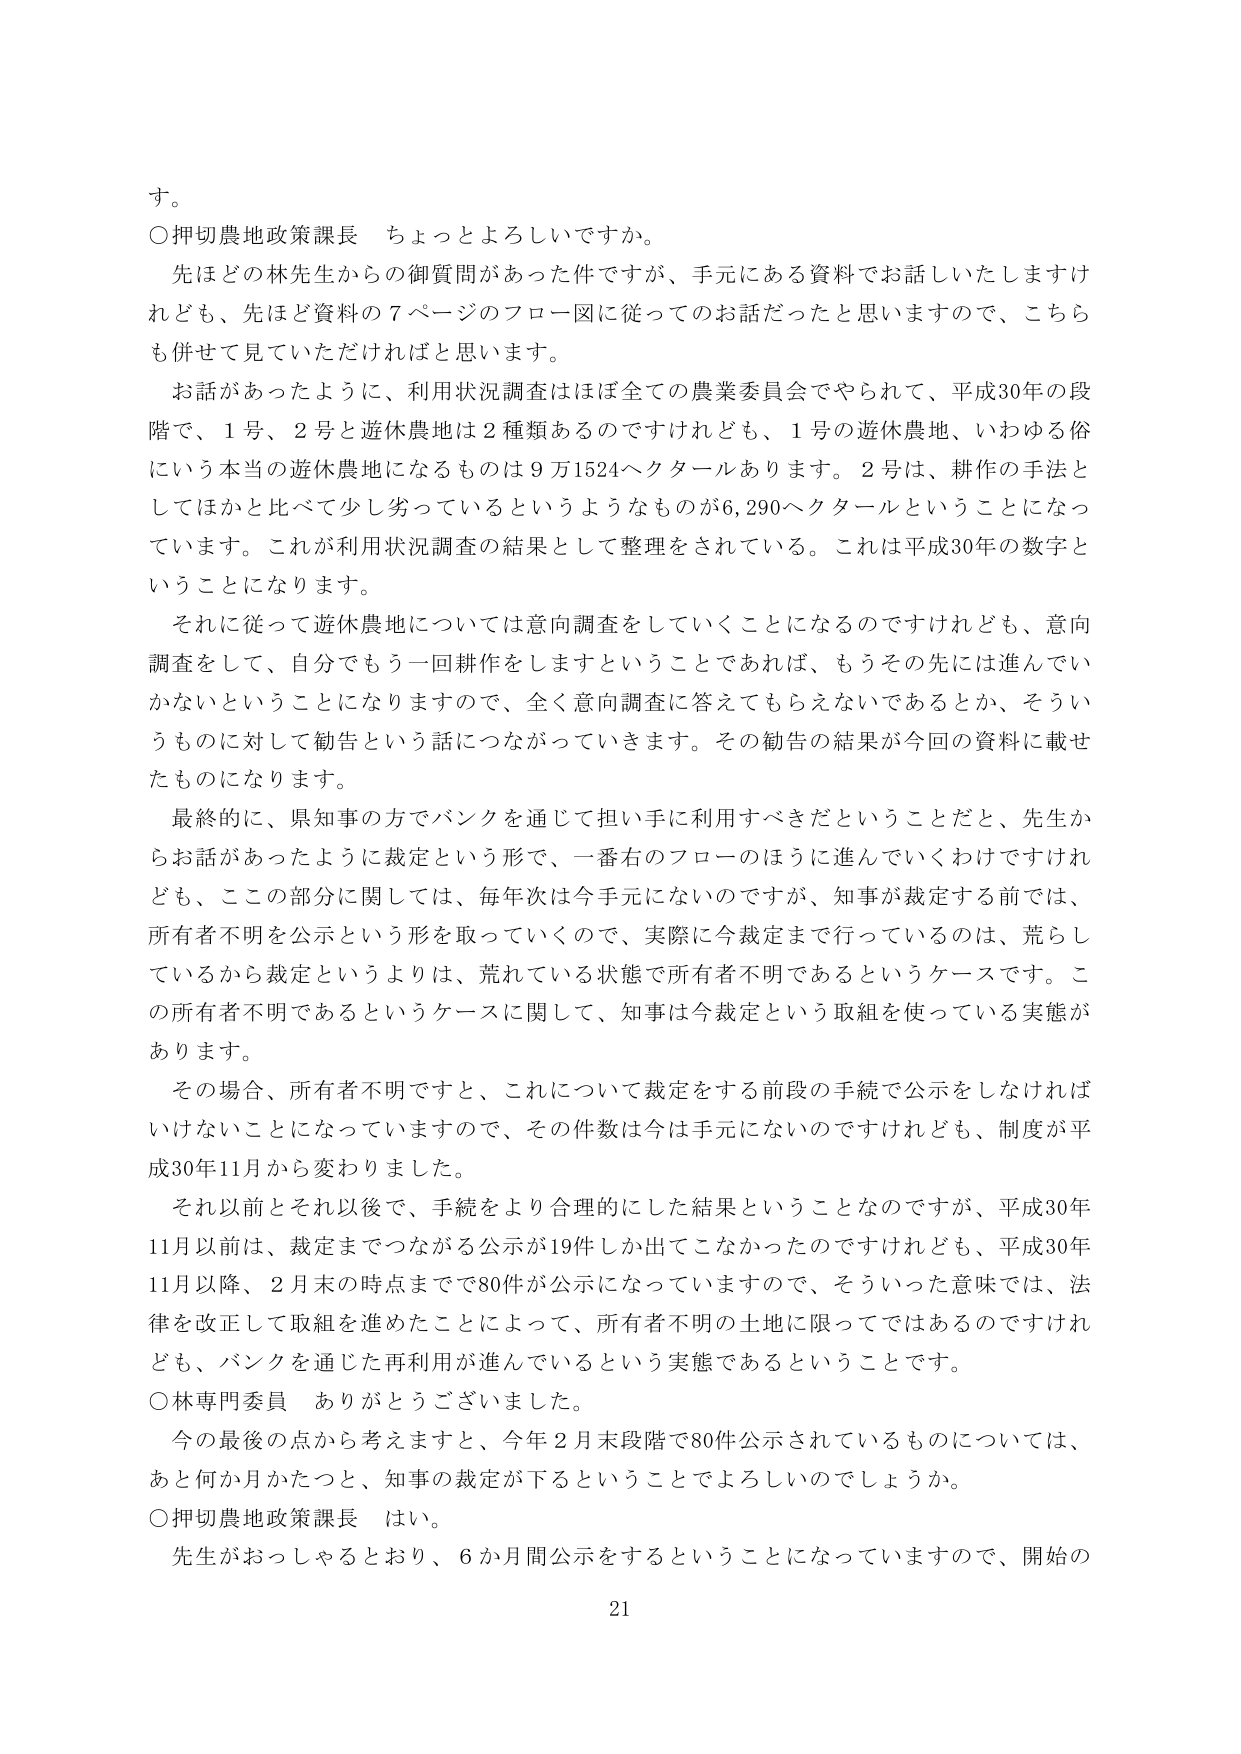
す。

○押切農地政策課長　ちょっとよろしいですか。

先ほど林先生からの御質問があった件ですが、手元にある資料でお話しいたしますけれども、先ほど資料の７ページのフロー図に従ってのお話だったと思いますので、こちらも併せて見ていただければと思います。

お話があったように、利用状況調査はほぼ全ての農業委員会でやられて、平成30年の段階で、１号、２号と遊休農地は２種類あるのですけれども、１号の遊休農地、いわゆる俗にいう本当の遊休農地になるものは９万1524ヘクタールあります。２号は、耕作の手法としてほかと比べて少し劣っているというようなものが6,290ヘクタールということになっています。これが利用状況調査の結果として整理をされている。これは平成30年の数字ということになります。

それに従って遊休農地については意向調査をしていくことになるのですけれども、意向調査をして、自分でもう一回耕作をしますということであれば、もろその先には進んでいかないということになりますので、全く意向調査に答えてもらえないであるとか、そういうものに対して勧告という話につながっていきます。その勧告の結果が今回の資料に載せたものになります。

最終的に、県知事の方でバンクを通じて担い手に利用すべきだということだと、先生からお話があったように裁定という形で、一番右のフローのほうに進んでいくわけですが、この部分に関しては、毎年次は今手元にないのですが、知事が裁定する前では、所有者不明を公示という形を取っていくので、実際に今裁定まで行っているのは、荒らしているから裁定というよりは、荒れている状態で所有者不明であるというケースです。この所有者不明であるというケースに関して、知事は今裁定という取組を使っている実態があります。

その場合、所有者不明ですと、これについて裁定をする前段の手続で公示をしなければいけないことになっていますので、その件数は今は手元にないのですけれども、制度が平成30年11月から変わりました。

それ以前とそれ以後で、手続をより合理的にした結果ということなのですが、平成30年11月以前は、裁定までつながる公示が19件しか出てこなかったのですけれども、平成30年11月以降、２月末の時点までで80件が公示になっていますので、そういった意味では、法律を改正して取組を進めたことによって、所有者不明の土地に限ってではあるのですけれども、バンクを通じた再利用が進んでいるという実態であるということです。

○林専門委員　ありがとうございました。

今の最後の点から考えますと、今年２月末段階で80件公示されているものについては、あと何か月かたつと、知事の裁定が下るということでよろしいのでしょうか。

○押切農地政策課長　はい。

先生がおっしゃるとおり、６か月間公示をするということになっていますので、開始の

21